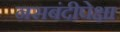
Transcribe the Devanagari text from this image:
नसबंदीपेक्षा